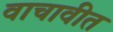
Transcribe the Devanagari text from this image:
वाचावीत